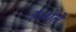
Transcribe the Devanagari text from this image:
ईओले